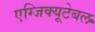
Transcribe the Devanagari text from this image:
एग्जिक्यूटेबल